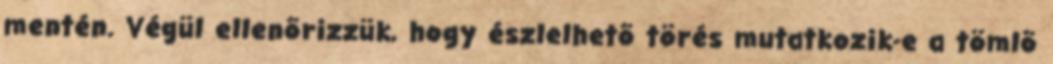
mentén. Végül ellenõrizzük, hogy észlelhetõ törés mutatkozik-e a tömlõ